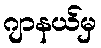
ဂျာနယ်မှ